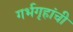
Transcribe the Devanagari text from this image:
गर्भगृहांची